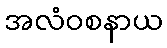
အလံဝစနာယ